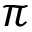
\pi